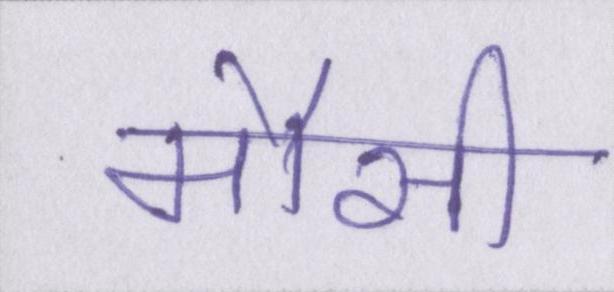
मौसी